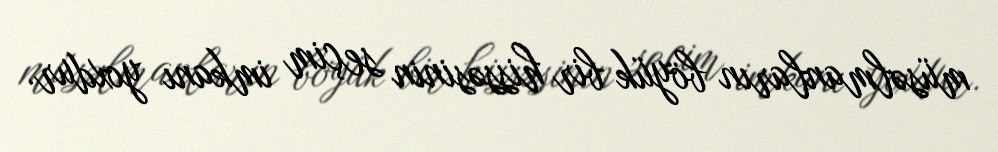
müsəlmanların böyük bir hissəsinin seçim imkanı yoxdur.